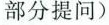
部分提问)